Report of the Municipal Commissioner on the plague in Bombay for the year ending 31st May... - Volume 3
Disease focus: Plague
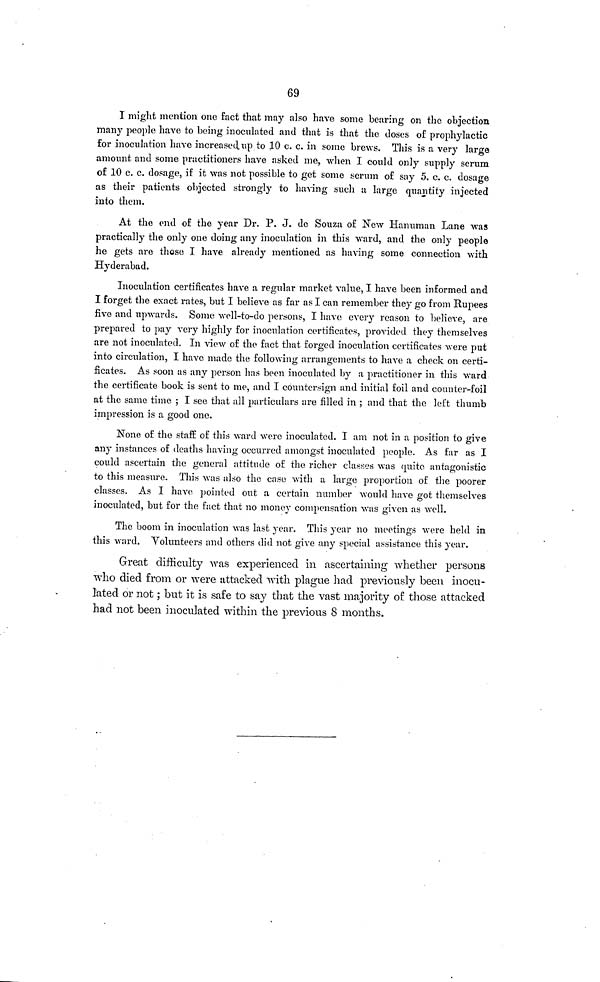
69
I might mention one fact that may also have some bearing on the objection
many people have to being inoculated and that is that the doses of prophylactic
for inoculation have increased up to 10 c. c. in some brews. This is a very large
amount and some practitioners have asked me, when I could only supply serum
of 10 c. c. dosage, if it was not possible to get some serum of say 5. c. c. dosage
as their patients objected strongly to having such a large quantity injected
into them.
At the end of the year Dr. P. J. de Souza of New Hanuman Lane was
practically the only one doing any inoculation in this ward, and the only people
he gets are those I have already mentioned as having some connection with
Hyderabad.
Inoculation certificates have a regular market value, I have been informed and
I forget the exact rates, but I believe as far as I can remember they go from Rupees
five and upwards. Some well-to-do persons, I have every reason to believe, are
prepared to pay very highly for inoculation certificates, provided they themselves
are not inoculated. In view of the fact that forged inoculation certificates were put
into circulation, I have made the following arrangements to have a check on certi-
ficates. As soon as any person has been inoculated by a practitioner in this ward
the certificate book is sent to me, and I countersign and initial foil and counter-foil
at the same time ; I see that all particulars are filled in ; and that the left thumb
impression is a good one.
None of the staff of this ward were inoculated. I am not in a position to give
any instances of deaths having occurred amongst inoculated people. As far as I
could ascertain the general attitude of the richer classes was quite antagonistic
to this measure. This was also the case with a large proportion of the poorer
classes. As I have pointed out a certain number would have got themselves
inoculated, but for the fact that no money compensation was given as well.
The boom in inoculation was last year. This year no meetings were held in
this ward. Volunteers and others did not give any special assistance this year.
Great difficulty was experienced in ascertaining whether persons
who died from or were attacked with plague had previously been inocu-
lated or not ; but it is safe to say that the vast majority of those attacked
had not been inoculated within the previous 8 months.